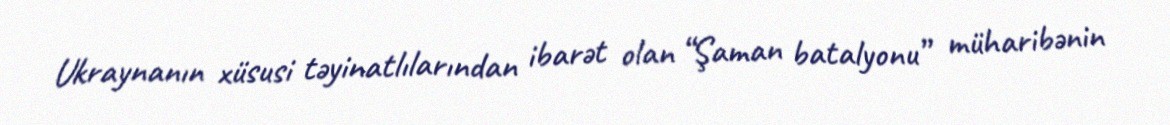
Ukraynanın xüsusi təyinatlılarından ibarət olan “Şaman batalyonu” müharibənin